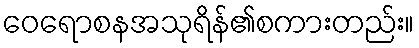
ဝေရောစနအသုရိန်၏စကားတည်း။